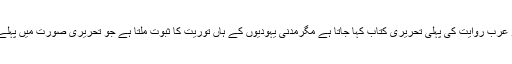
قران مجید کو عرب روایت کی پہلی تحریری کتاب کہا جاتا ہے مگرمدنی یہودیوں کے ہاں توریت کا ثبوت ملتا ہے جو تحریری صورت میں پہلے موجود تھی۔